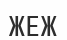
ЖЕЖ